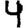
Digit: 4